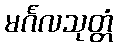
မင်္ဂလသုတ္တံ